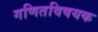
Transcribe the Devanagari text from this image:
गणितविषयक